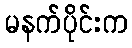
မနက်ပိုင်းက